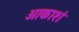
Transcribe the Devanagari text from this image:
आकाशं